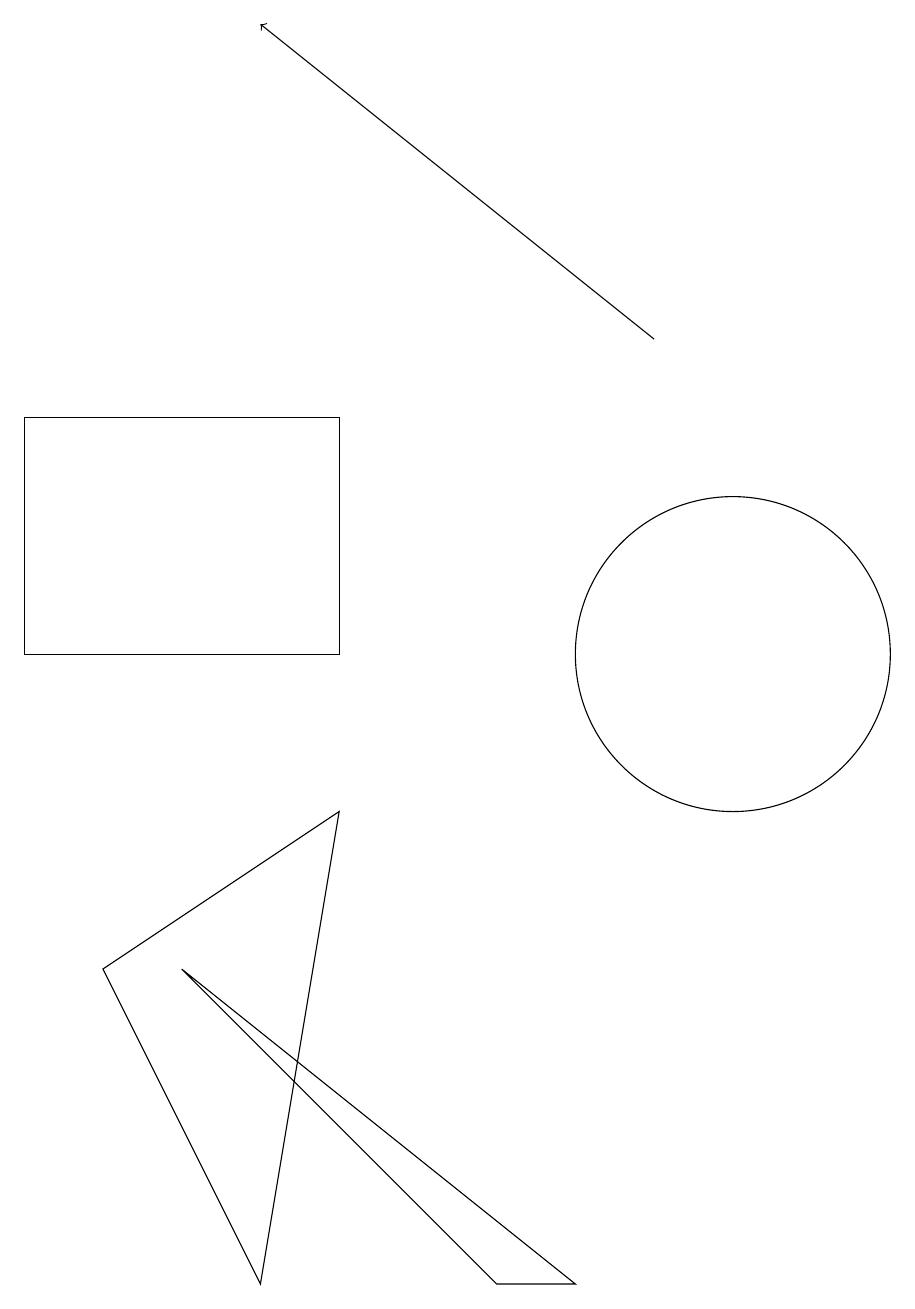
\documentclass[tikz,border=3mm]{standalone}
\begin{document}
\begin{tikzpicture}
\draw (10,10) circle (2);
\draw (11,11) circle (0);
\draw (7,2) -- (8,2) -- (3,6) -- cycle;
\draw[->] (9,14) -- (4,18);
\draw (1,13) rectangle (5,10);
\draw (2,6) -- (4,2) -- (5,8) -- cycle;
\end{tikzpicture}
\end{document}